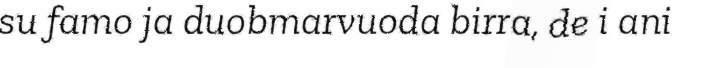
su famo ja duobmarvuoda birra, de i ani